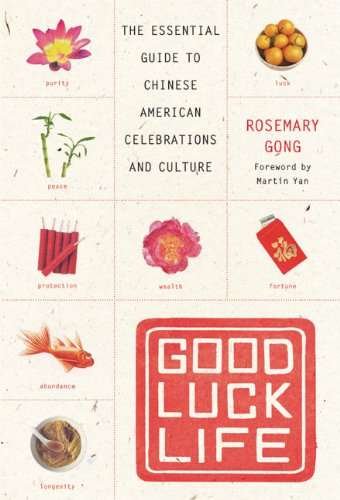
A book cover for Good Luck Life: The Essential Guide to Chinese American Celebrations and Culture; Rosemary Gong; Cookbooks, Food & Wine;